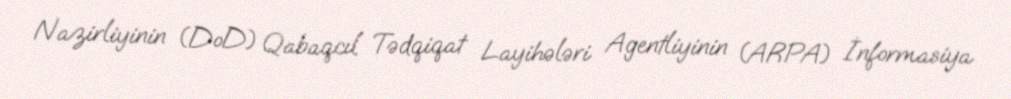
Nazirliyinin (DoD) Qabaqcıl Tədqiqat Layihələri Agentliyinin (ARPA) İnformasiya